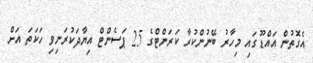
އެގޮތުން އައްޑޫގައި މިހާރު ބޭނުންކުރާ ކަރަންޓްގެ 25 ޕަސެންޓް އިޔާދަކުރަނިވި ހަކަތަ އަށް